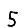
Digit: 5